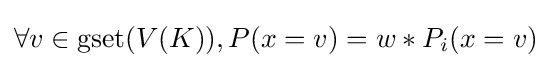
\forall v\in \operatorname {gset} (V(K)),P(x=v)=w*P_{i}(x=v)